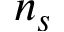
n _ { s }